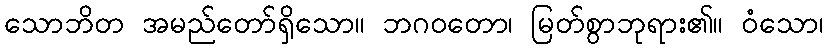
သောဘိတ အမည်တော်ရှိသော။ ဘဂဝတော၊ မြတ်စွာဘုရား၏။ ဝံသော၊